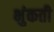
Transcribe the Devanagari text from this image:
भुंकती